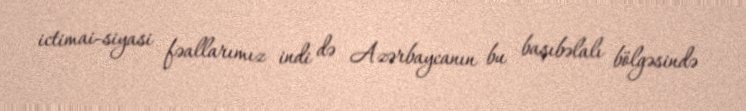
ictimai-siyasi fəallarımız indi də Azərbaycanın bu başıbəlalı bölgəsində